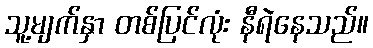
သူ့မျက်နှာ တစ်ပြင်လုံး နီရဲနေသည်။